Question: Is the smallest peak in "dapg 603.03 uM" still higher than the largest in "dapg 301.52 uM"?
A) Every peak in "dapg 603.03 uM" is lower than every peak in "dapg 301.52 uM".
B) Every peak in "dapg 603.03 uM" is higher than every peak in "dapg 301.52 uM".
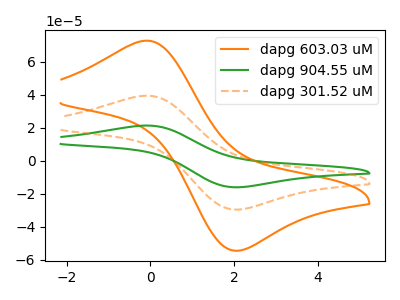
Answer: <think>The orange curve "dapg 603.03 uM" has an anodic peak at (-0.10V, 72.80uA) and a cathodic peak at (2.10V, -54.40uA). The green curve "dapg 904.55 uM" has an anodic peak at (-0.10V, 78.90uA) and a cathodic peak at (2.10V, -59.00uA). The orange dashed curve "dapg 301.52 uM" has an anodic peak at (-0.10V, 39.45uA) and a cathodic peak at (2.10V, -29.50uA).</think>
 <answer>B) Every peak in "dapg 603.03 uM" is higher than every peak in "dapg 301.52 uM".</answer>
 <eval>B</eval>